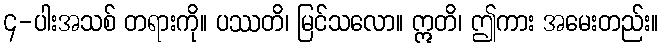
၄-ပါးအသစ် တရားကို။ ပဿတိ၊ မြင်သလော။ ဣတိ၊ ဤကား အမေးတည်း။